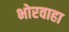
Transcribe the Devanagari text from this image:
भोरवाहा